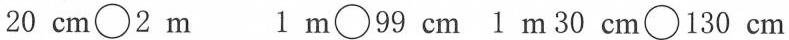
20 cm \bigcirc 2 m 1 m \bigcirc 99 cm 1 m30 cm \bigcirc 130 cm